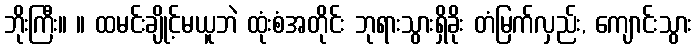
ဘိုးကြီး။ ။ ထမင်းချိုင့်မယူဘဲ ထုံးစံအတိုင်း ဘုရားသွားရှိခိုး တံမြက်လှည်း, ကျောင်းသွား